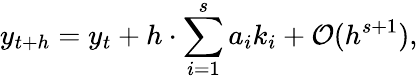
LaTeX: y_{t+h}=y_{t}+h\cdot\sum_{i=1}^{s}a_{i}k_{i}+{\mathcal{O}}(h^{s+1}),